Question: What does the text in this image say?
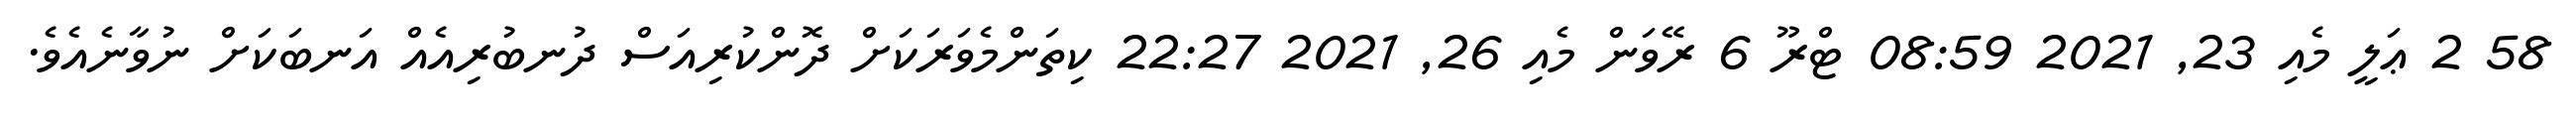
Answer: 58 2 ޢަލީ މެއި 23, 2021 08:59 ޓްރޫ 6 ރޭވަން މެއި 26, 2021 22:27 ކިތަންމެވަރަކަށް ދޮންކުރިއަސް ދުނބުރިއެއް އަނބަކަށް ނުވާނެއެވެ.